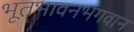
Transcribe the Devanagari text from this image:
भूतभावनभगवान